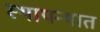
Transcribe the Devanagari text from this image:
स्थापन्यात